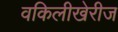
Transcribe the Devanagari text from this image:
वकिलीखेरीज